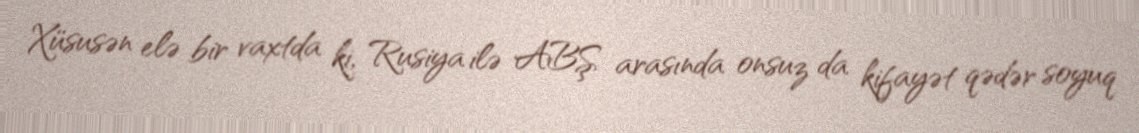
Xüsusən elə bir vaxtda ki, Rusiya ilə ABŞ arasında onsuz da kifayət qədər soyuq